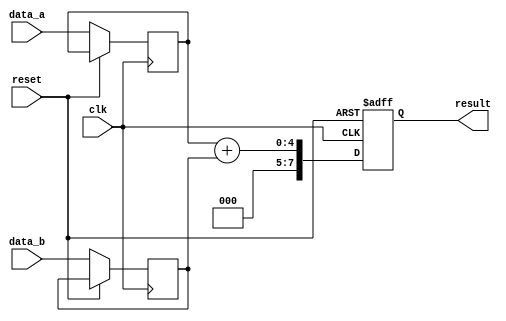
module behavioral_model (
    input wire clk,          // Clock input
    input wire reset,        // Reset input
    input wire [3:0] data_a, // Example input data
    input wire [3:0] data_b, // Example input data
    output reg [7:0] result  // Example output result
);

    // Declare internal registers
    reg [3:0] temp_a;
    reg [3:0] temp_b;

    // Task to perform addition of two inputs
    task perform_addition;
        input [3:0] a;
        input [3:0] b;
        begin
            // Use non-blocking assignment to update temp registers
            temp_a <= a;
            temp_b <= b;
            // Assign the sum to the result using non-blocking assignment
            result <= temp_a + temp_b; // This will not reflect temp_a and temp_b immediately
        end
    endtask

    // Sequential logic to handle reset and clock
    always @(posedge clk or posedge reset) begin
        if (reset) begin
            result <= 8'd0; // Reset output
        end else begin
            // Call the task to perform addition
            perform_addition(data_a, data_b);
        end
    end

endmodule